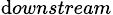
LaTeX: _{\mathrm{d}ownstream}